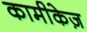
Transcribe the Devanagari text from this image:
कामीकेज़